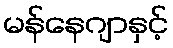
မန်နေဂျာနှင့်